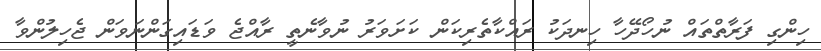
ހިންގި ފަރާތްތައް ނުހޯދޭހާ ހިނދަކު ރައްކާތެރިކަން ކަށަވަރު ނުވާނެތީ ރާއްޖެ ވަޑައިގަންނަވަން ޖެހިލުންވާ